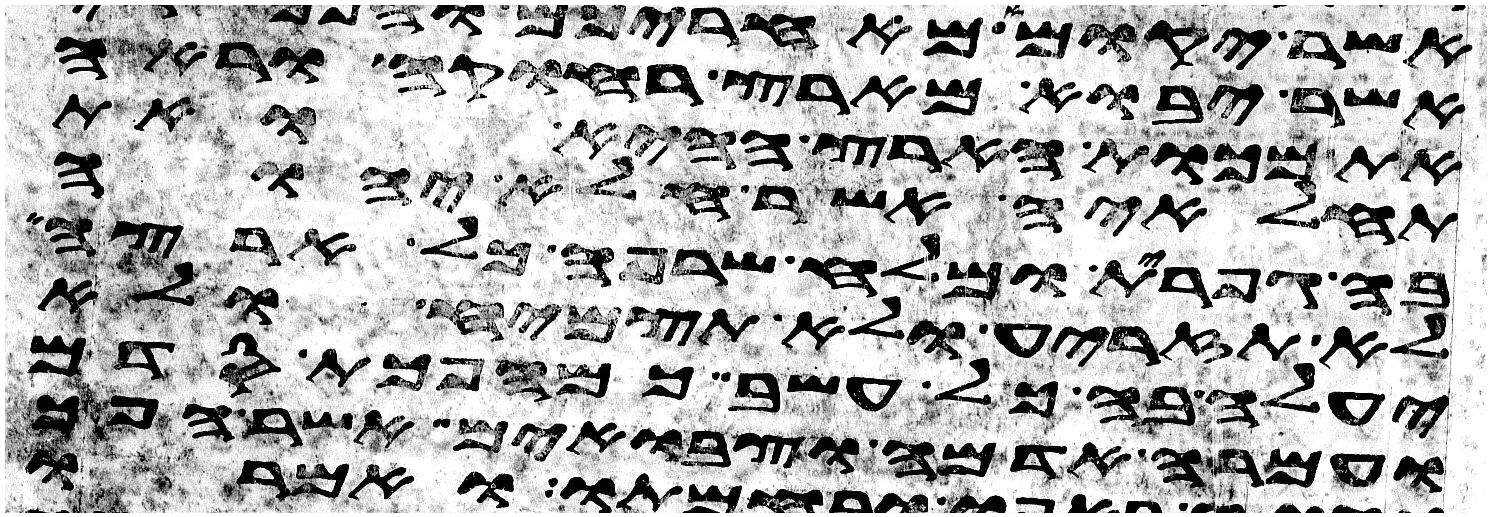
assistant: אשר יבוא מארץ רחוקה וראה
את מכות הארץ ההיא ואת
תחלאיה אשר חלא יהוה
בה גפרית ומלח שרפה כל ארצה
לא תזריע ולא תצמיח ולא
יעלה בה כל עשב כמהפכת סדם
ועמרה אדמה וצבאים אשר הפך